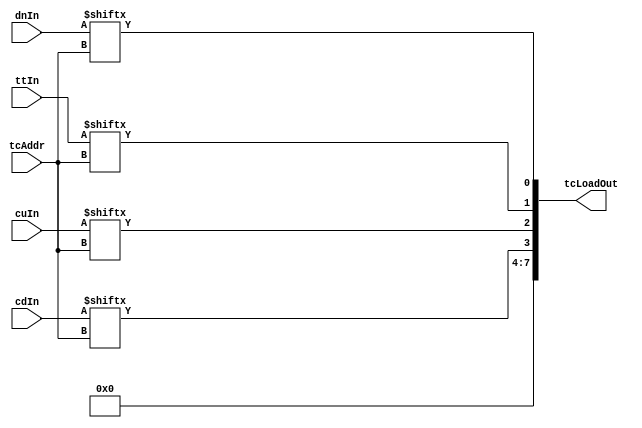
////////////////////////////////////////////////////////////////////////////////////////////////
////                                                              							////
////                                                              							////
////  	This file is part of the project                 									////
////	"instruction_list_pipelined_processor_with_peripherals"								////
////                                                              							////
////  http://opencores.org/project,instruction_list_pipelined_processor_with_peripherals	////
////                                                              							////
////                                                              							////
//// 				 Author:                                                  				////
////      			- Mahesh Sukhdeo Palve													////
////																						////
////////////////////////////////////////////////////////////////////////////////////////////////
////////////////////////////////////////////////////////////////////////////////////////////////
////																						////
//// 											                 							////
////                                                              							////
//// 					This source file may be used and distributed without         		////
//// 					restriction provided that this copyright statement is not    		////
//// 					removed from the file and that any derivative work contains  		////
//// 					the original copyright notice and the associated disclaimer. 		////
////                                                              							////
//// 					This source file is free software; you can redistribute it   		////
//// 					and/or modify it under the terms of the GNU Lesser General   		////
//// 					Public License as published by the Free Software Foundation; 		////
////					either version 2.1 of the License, or (at your option) any   		////
//// 					later version.                                               		////
////                                                             							////
//// 					This source is distributed in the hope that it will be       		////
//// 					useful, but WITHOUT ANY WARRANTY; without even the implied   		////
//// 					warranty of MERCHANTABILITY or FITNESS FOR A PARTICULAR      		////
//// 					PURPOSE.  See the GNU Lesser General Public License for more 		////
//// 					details.                                                     		////
////                                                              							////
//// 					You should have received a copy of the GNU Lesser General    		////
//// 					Public License along with this source; if not, download it   		////
//// 					from http://www.opencores.org/lgpl.shtml                     		////
////                                                              							////
////////////////////////////////////////////////////////////////////////////////////////////////

`timescale 1ns / 1ps////////////////////////////////////////////////////////////////////////////////////////////////
////                                                              							////
////                                                              							////
////  	This file is part of the project                 									////
////	"instruction_list_pipelined_processor_with_peripherals"								////
////                                                              							////
////  http://opencores.org/project,instruction_list_pipelined_processor_with_peripherals	////
////                                                              							////
////                                                              							////
//// 				 Author:                                                  				////
////      			- Mahesh Sukhdeo Palve													////
////																						////
////////////////////////////////////////////////////////////////////////////////////////////////
////////////////////////////////////////////////////////////////////////////////////////////////
////																						////
//// 											                 							////
////                                                              							////
//// 					This source file may be used and distributed without         		////
//// 					restriction provided that this copyright statement is not    		////
//// 					removed from the file and that any derivative work contains  		////
//// 					the original copyright notice and the associated disclaimer. 		////
////                                                              							////
//// 					This source file is free software; you can redistribute it   		////
//// 					and/or modify it under the terms of the GNU Lesser General   		////
//// 					Public License as published by the Free Software Foundation; 		////
////					either version 2.1 of the License, or (at your option) any   		////
//// 					later version.                                               		////
////                                                             							////
//// 					This source is distributed in the hope that it will be       		////
//// 					useful, but WITHOUT ANY WARRANTY; without even the implied   		////
//// 					warranty of MERCHANTABILITY or FITNESS FOR A PARTICULAR      		////
//// 					PURPOSE.  See the GNU Lesser General Public License for more 		////
//// 					details.                                                     		////
////                                                              							////
//// 					You should have received a copy of the GNU Lesser General    		////
//// 					Public License along with this source; if not, download it   		////
//// 					from http://www.opencores.org/lgpl.shtml                     		////
////                                                              							////
////////////////////////////////////////////////////////////////////////////////////////////////

// 8-bit Pipelined Processor defines



// program counter & instruction register






// control unit


























//`define		SPIxFER				`instOpCodeLen'b11001
//`define		SPIstat				`instOpCodeLen'b11010
//`define		SPIwBUF				`instOpCodeLen'b11011
//`define		SPIrBUF				`instOpCodeLen'b11100

// alu opcodes















// bit RAM



// byte RAM




// input register



// output register



// accumulator multiplexer








// operand2 multiplexer









//-----------------------------------------------------------------------------------------------------

// peripheral defines




//-----------------------------------------------------------------------------------------------------

// Timer-Counter














//-----------------------------------------------------------------------------------------------------

// UART








module tcLoad (tcAddr, dnIn, ttIn, cuIn, cdIn, tcLoadOut);

	input [4-1:0] tcAddr;
	input [8-1:0] dnIn, ttIn, cuIn, cdIn;
	
	output [7:0] tcLoadOut;
	
	
	wire dnSel, ttSel, cuSel, cdSel;
				
			
	assign dnSel = dnIn[tcAddr];
	assign ttSel = ttIn[tcAddr];
	assign cuSel = cuIn[tcAddr];
	assign cdSel = cdIn[tcAddr];

	assign tcLoadOut = {4'b0, cdSel, cuSel, ttSel, dnSel};


endmodule